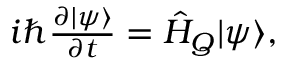
\begin{array} { r } { i \hbar \frac { \partial | \psi \rangle } { \partial t } = { \hat { H } } _ { Q } | \psi \rangle , } \end{array}